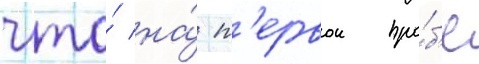
что́ на́ п'ервои про́б'е